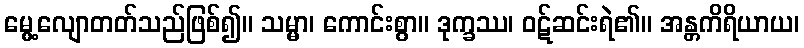
မွေ့လျောတတ်သည်ဖြစ်၍။ သမ္မာ၊ ကောင်းစွာ။ ဒုက္ခဿ၊ ဝဋ်ဆင်းရဲ၏။ အန္တကိရိယာယ၊